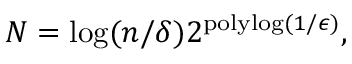
N = \log ( n / \delta ) 2 ^ { \mathrm { p o l y l o g } ( 1 / \epsilon ) } ,